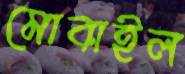
মোবাইল